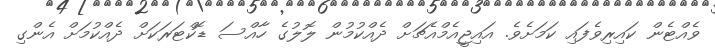
ވެއްޓެން ކައިރިވެފައި ކަމަށެވެ. އައިޖީއެމްއެޗަށް ދެއްކުމުން ލޮލުގެ ހާއްސަ ޑޮކްޓަރަކަށް ދެއްކުމަށް އެންގި